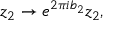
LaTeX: z _ { 2 } \rightarrow e ^ { 2 \pi i b _ { 2 } } z _ { 2 } , \, \,